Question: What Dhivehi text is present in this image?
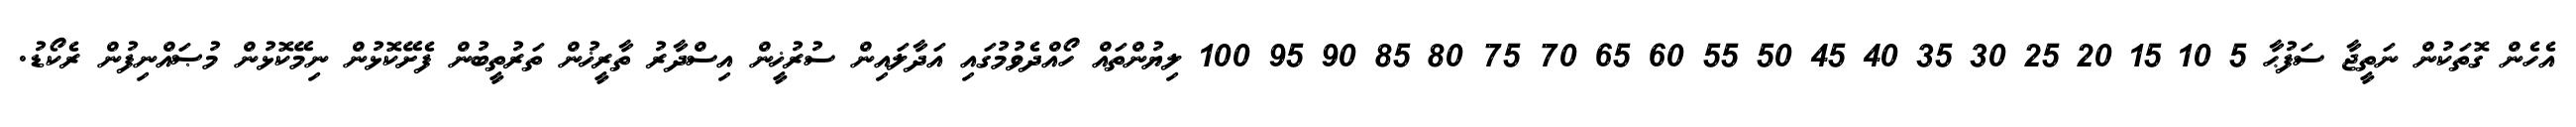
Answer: އެހެން ގޮތަކުން ނަތީޖާ ސަފުޙާ 5 10 15 20 25 30 35 40 45 50 55 60 65 70 75 80 85 90 95 100 ލިޔުންތައް ހޯއްދެވުމުގައި އަދާލައިން ސުރުޚީން އިސްދާރު ތާރީޚުން ތަރުތީބުން ފެށޭކޮޅުން ނިމޭކޮޅުން މުޞައްނިފުން ރެކޯޑު.